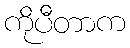
ကိုပီတာက